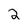
Character: 2